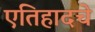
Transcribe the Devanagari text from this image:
एतिहादचे